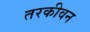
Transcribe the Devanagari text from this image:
तरकीवन